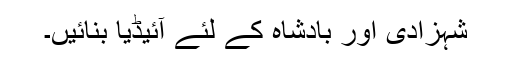
شہزادی اور بادشاہ کے لئے آئیڈیا بنائیں۔